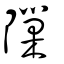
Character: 隟